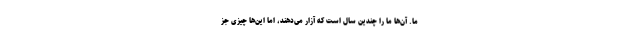
ما. آن‌ها ما را چندین سال است که آزار می‌دهند، اما این‌ها چیزی جز